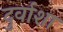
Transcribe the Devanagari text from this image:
दुर्वाशा